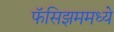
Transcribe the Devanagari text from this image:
फॅसिझममध्ये